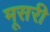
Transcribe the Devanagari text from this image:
मूसरी